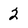
Character: 2